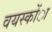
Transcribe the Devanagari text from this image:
वयस्कोंा